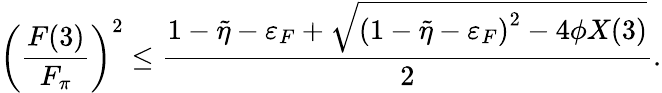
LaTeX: \left(\frac{F(3)}{F_{\pi}}\right)^{2}\leq\frac{1-\tilde{\eta}-\varepsilon_{F}+\sqrt{\left(1-\tilde{\eta}-\varepsilon_{F}\right)^{2}-4\phi X(3)}}{2}.